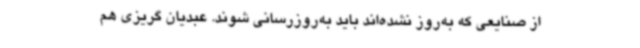
از صنایعی که به‌روز نشده‌اند باید به‌روزرسانی شوند. عبدیان گریزی هم